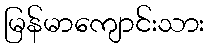
မြန်မာကျောင်းသား